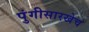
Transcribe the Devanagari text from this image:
पुंगीसारखेच